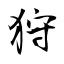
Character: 狩